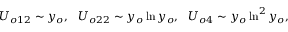
U _ { o 1 2 } \sim y _ { o } , \ \ U _ { o 2 2 } \sim y _ { o } \ln y _ { o } , \ \ U _ { o 4 } \sim y _ { o } \ln ^ { 2 } y _ { o } ,